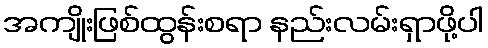
အကျိုးဖြစ်ထွန်းစရာ နည်းလမ်းရှာဖို့ပါ